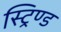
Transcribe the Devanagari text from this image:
स्ट्रिण्ड